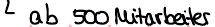
ab 500 Mitarbeiter